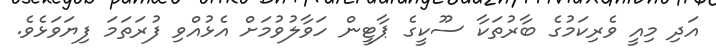
އަދި މިއީ ވެރިކަމުގެ ބާރުތަކާ ސޫކީގެ ޕާޓީން ހަވާލުވުމަށް އެޅުއްވި ފުރަތަމަ ފިޔަވަޅެވެ.